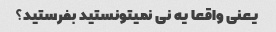
یعنی واقعا یه نی نمیتونستید بفرستید؟